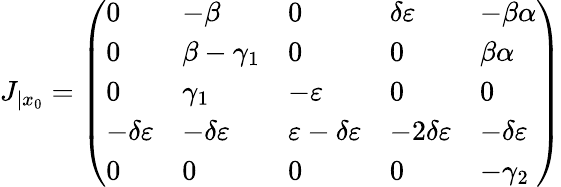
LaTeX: J_{|x_{0}}=\left(\begin{array}{lllll}{0}&{-\beta}&{0}&{\delta\varepsilon}&{-\beta\alpha}\\ {0}&{\beta-\gamma_{1}}&{0}&{0}&{\beta\alpha}\\ {0}&{\gamma_{1}}&{-\varepsilon}&{0}&{0}\\ {-\delta\varepsilon}&{-\delta\varepsilon}&{\varepsilon-\delta\varepsilon}&{-2\delta\varepsilon}&{-\delta\varepsilon}\\ {0}&{0}&{0}&{0}&{-\gamma_{2}}\end{array}\right)